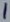
Text: 1